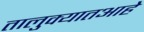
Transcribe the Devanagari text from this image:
तालुक्यातआहे